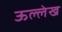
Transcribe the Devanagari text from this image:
ऊल्लेख